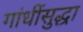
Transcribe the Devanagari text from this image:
गांधींसुद्धा